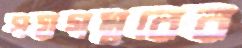
পয়গম্বরের